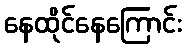
နေထိုင်နေကြောင်း